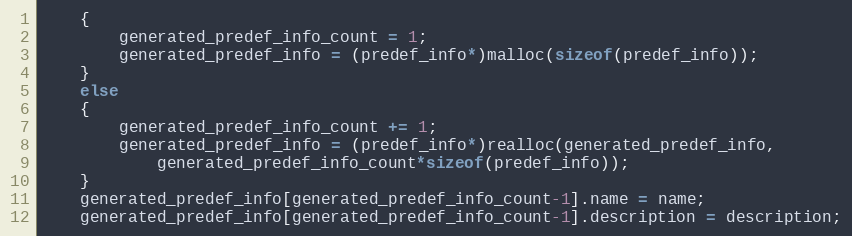
Language: C
    {
        generated_predef_info_count = 1;
        generated_predef_info = (predef_info*)malloc(sizeof(predef_info));
    }
    else
    {
        generated_predef_info_count += 1;
        generated_predef_info = (predef_info*)realloc(generated_predef_info,
            generated_predef_info_count*sizeof(predef_info));
    }
    generated_predef_info[generated_predef_info_count-1].name = name;
    generated_predef_info[generated_predef_info_count-1].description = description;